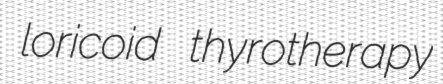
loricoid thyrotherapy